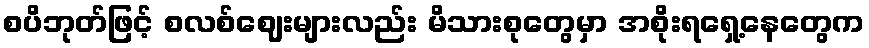
စပိဘုတ်ဖြင့် စလစ်ဈေးများလည်း မိသားစုတွေမှာ အစိုးရရှေ့နေတွေက